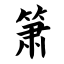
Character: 箫